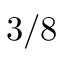
3 / 8